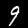
Digit: 9